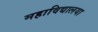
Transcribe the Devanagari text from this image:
महाविद्यालया